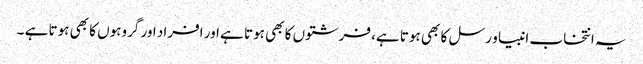
یہ انتخاب انبیا و رسل کا بھی ہوتا ہے، فرشتوں کا بھی ہوتا ہے اور افراد اور گروہوں کا بھی ہوتا ہے ۔